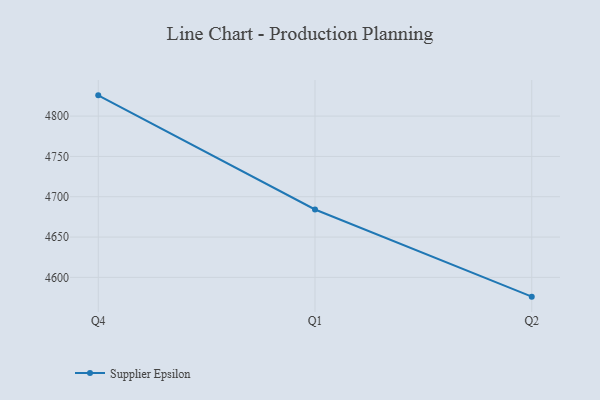
{"axis": {"x": "Quarter", "y": "Backlog"}, "legend": ["Supplier Epsilon"], "data": [{"x": "Q4", "y": 4825.7, "type": "Supplier Epsilon"}, {"x": "Q1", "y": 4684.2, "type": "Supplier Epsilon"}, {"x": "Q2", "y": 4576.1, "type": "Supplier Epsilon"}]}